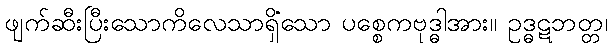
ဖျက်ဆီးပြီးသောကိလေသာရှိသော ပစ္စေကဗုဒ္ဓါအား။ ဥဒ္ဓဋဘတ္တံ၊